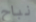
نباح